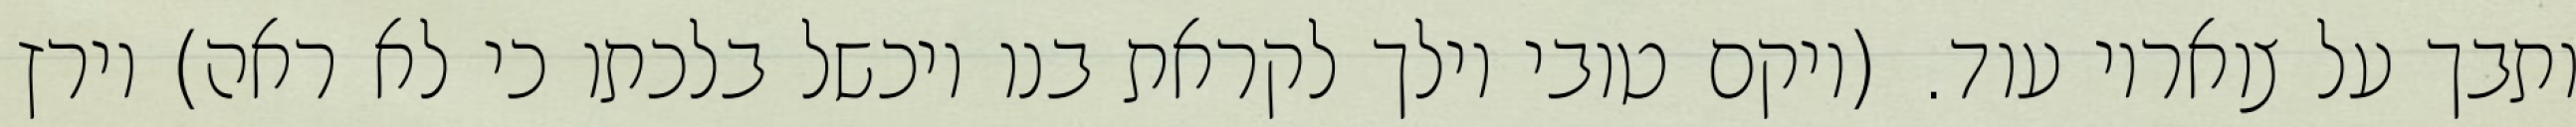
ותבך על צואריו עוד. (ויקם טובי וילך לקראת בנו ויכשל בלכתו כי לא ראה) וירץ